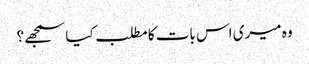
وہ میری اس بات کا مطلب کیا سمجھے؟